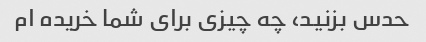
حدس بزنید، چه چیزی برای شما خریده ام